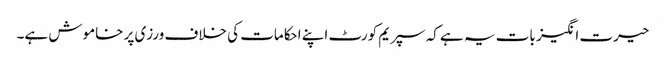
حیرت انگیز بات یہ ہے کہ سپریم کورٹ اپنے احکامات کی خلاف ورزی پر خاموش ہے۔